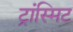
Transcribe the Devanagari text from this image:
ट्रांस्मिट